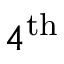
4 ^ { \mathrm { t h } }